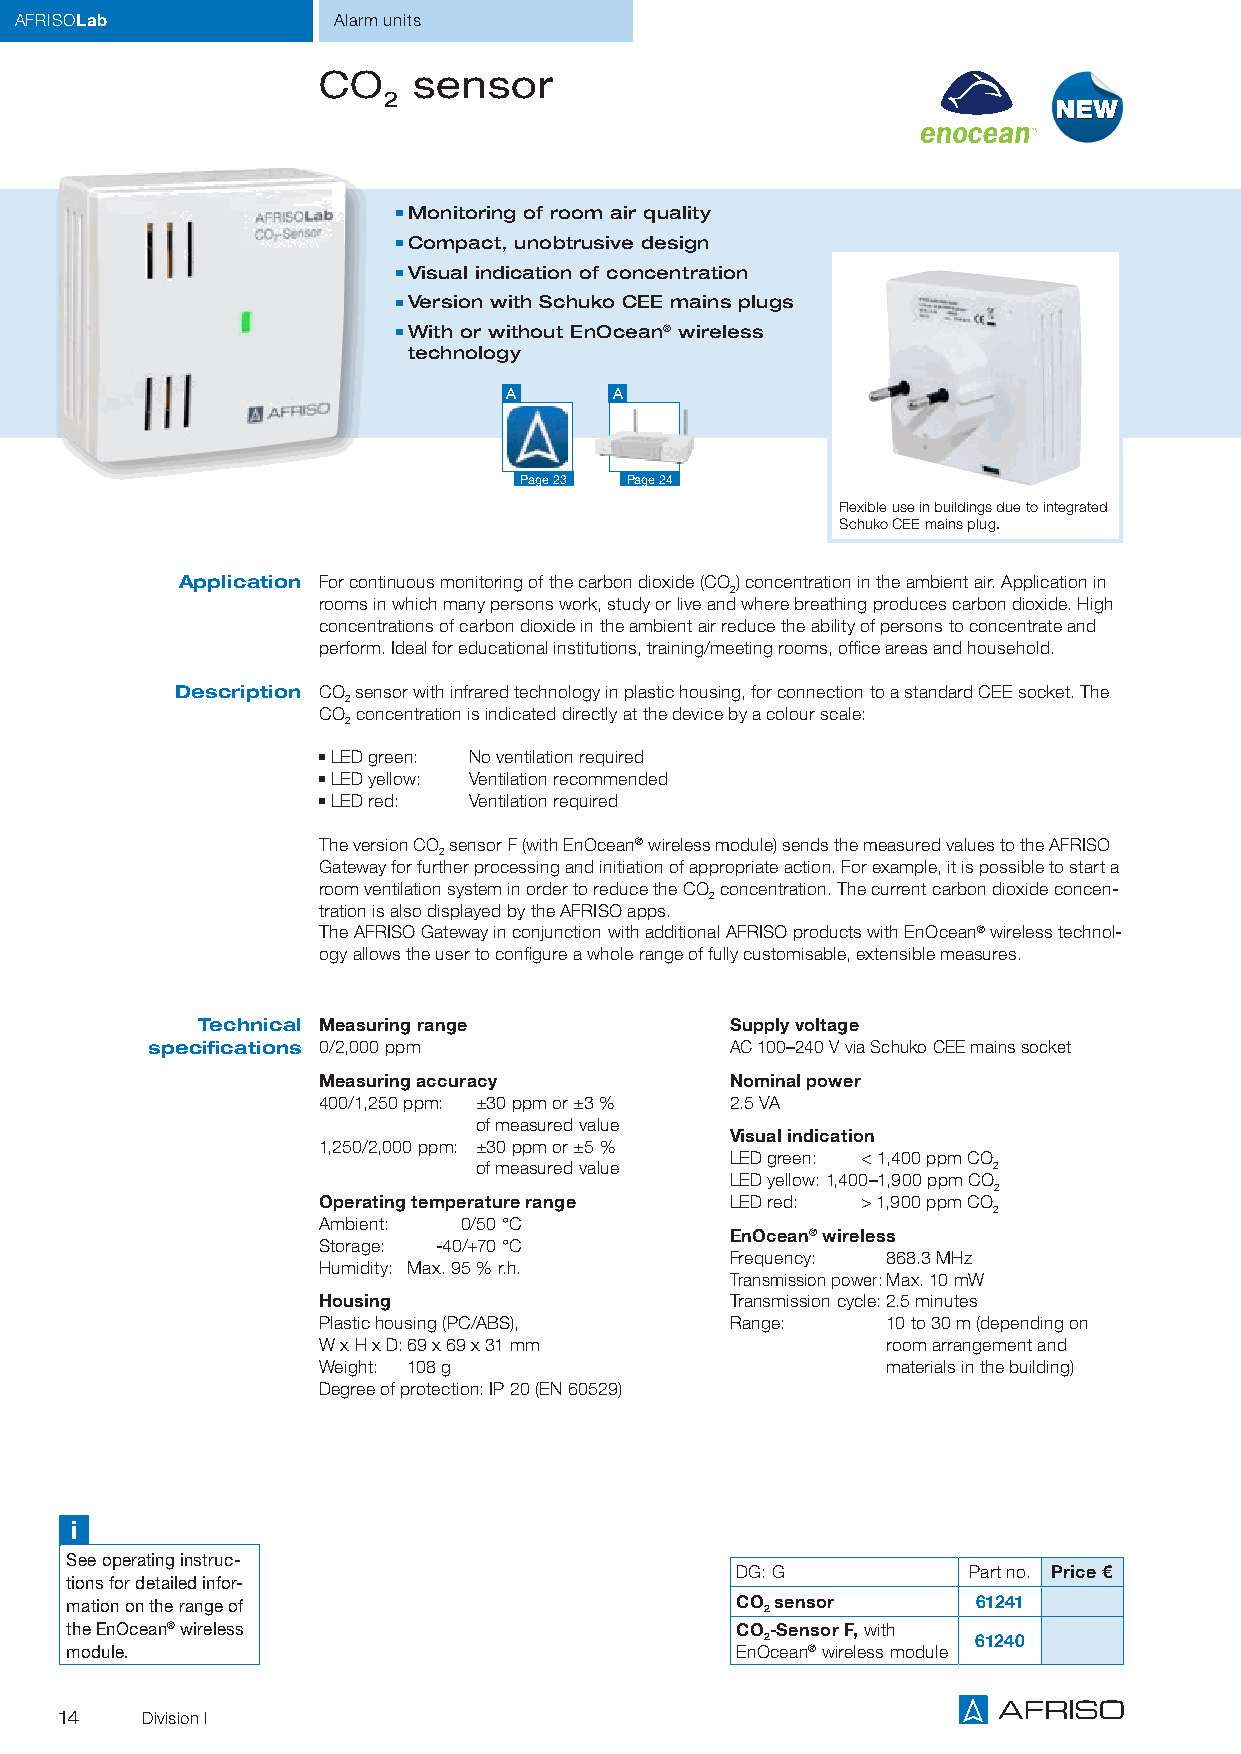
AFRISOLab            Alarm units
 CO    sensor
 2
 ■■Monitoring of room air quality
 ■■Compact, unobtrusive design
 ■■Visual indication of concentration
 ■■Version with Schuko CEE mains plugs
 ■■With or without EnOcean® wireless
 technology
 A      A
 Page 23 Page 24
 Flexible use in buildings due to integrated
 Schuko CEE mains plug.
 Application For continuous monitoring of the carbon dioxide (CO) concentration in the ambient air. Application in
 2
 rooms in which many persons work, study or live and where breathing produces carbon dioxide. High
 concentrations of carbon dioxide in the ambient air reduce the ability of persons to concentrate and
 perform. Ideal for educational institutions, training/meeting rooms, office areas and household.
 Description CO sensor with infrared technology in plastic housing, for connection to a standard CEE socket. The
 2
 CO concentration is indicated directly at the device by a colour scale:
 2
 ■■LED green: No ventilation required
 ■■LED yellow: Ventilation recommended
 ■■LED red: Ventilation required
 The version CO sensor F (with EnOcean® wireless module) sends the measured values to the AFRISO
 2
 Gateway for further processing and initiation of appropriate action. For example, it is possible to start a
 room ventilation system in order to reduce the CO concentration. The current carbon dioxide concen-
 2
 tration is also displayed by the AFRISO apps.
 The AFRISO Gateway in conjunction with additional AFRISO products with EnOcean® wireless technol-
 ogy allows the user to configure a whole range of fully customisable, extensible measures.
 Technical Measuring range          Supply voltage
 specifications 0/2,000 ppm            AC 100–240 V via Schuko CEE mains socket
 Measuring accuracy         Nominal power
 400/1,250 ppm: ±30 ppm or ±3 % 2.5 VA
 of measured value
 Visual indication
 1,250/2,000 ppm: ±30 ppm or ±5 %
 LED green: < 1,400 ppm CO
 of measured value                  2
 LED yellow: 1 ,400–1,900 ppm CO
 2
 Operating temperature range LED red: > 1,900 ppm CO
 2
 Ambient:  0/50 °C
 EnOcean® wireless
 Storage: -40/+70 °C
 Frequency: 868.3 MHz
 Humidity: Max. 95 % r.h.
 Transmission power: Max. 10 mW
 Housing                    Transmission cycle: 2.5 minutes
 Plastic housing (PC/ABS),  Range:     10 to 30 m (depending on
 W x H x D: 69 x 69 x 31 mm            room arrangement and
 Weight: 108 g                         materials in the building)
 Degree of protection: IP 20 (EN 60529)
 i
 See operating instruc-
 DG: G          Part no. Price €
 tions for detailed infor-
 mation on the range of                       CO sensor       61241
 2
 the EnOcean® wireless                        CO-Sensor F, with
 2             61240
 module.                                      EnOcean® wireless module
 14   Division I